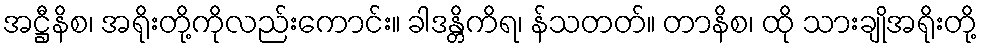
အဋ္ဌီနိစ၊ အရိုးတို့ကိုလည်းကောင်း။ ခါဒန္တိကိရ၊ န်သတတ်။ တာနိစ၊ ထို သားချိုအရိုးတို့